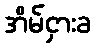
အိမ်ငှားခ